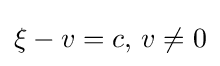
\xi -v=c,\,v\neq 0